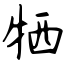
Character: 牺